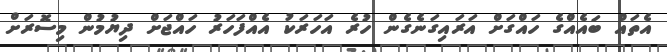
އެތައް ބައެއްގެ ހައްގަށް އަރައިގަނެގެން ހުރެ އަހަރަކު އެއްފަހަރު ހައްޖަށް ދިޔުމުން މިސޮރަށް